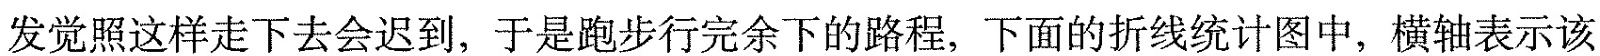
发觉照这样走下去会迟到，于是跑步行完余下的路程，下面的折线统计图中，横轴表示该